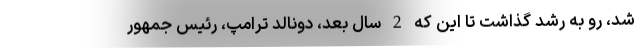
شد، رو به رشد گذاشت تا این که 2 سال بعد، دونالد ترامپ، رئیس جمهور